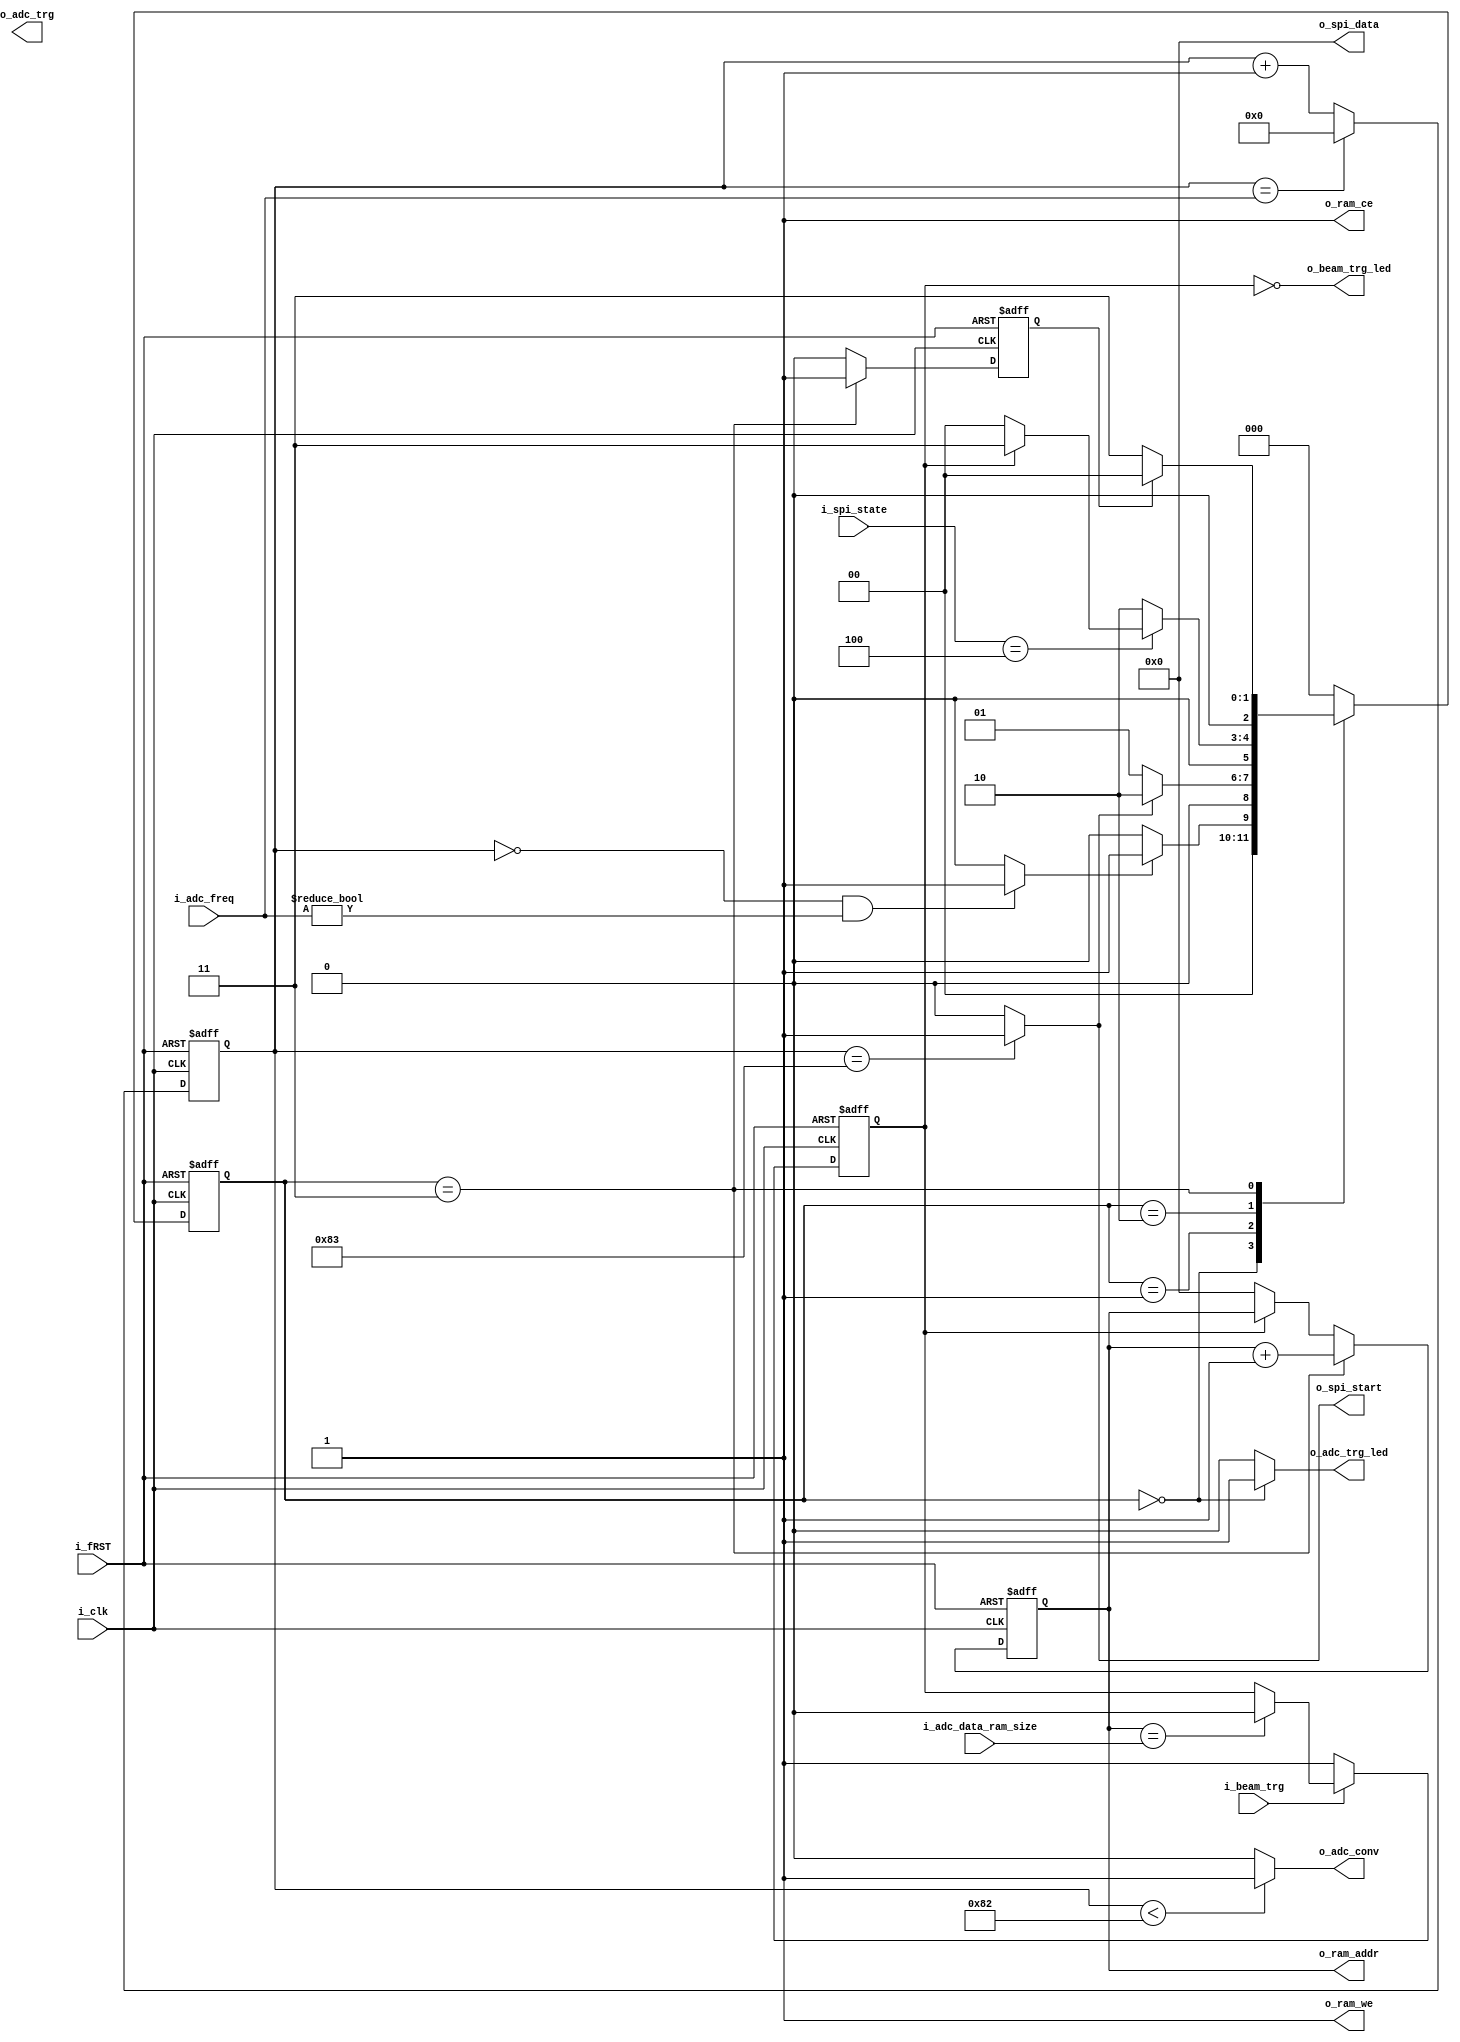
`timescale 1ns / 1ps
/*
Conversion Time  130 * 5ns = 650ns  
SPI   500ns
ADC Freq = Min 1.2us
*/

module ADC_AD7903 #
(
    parameter integer DATA_WIDTH = 16,              // SPI Data 

    parameter integer AWIDTH = 16,
    parameter integer MEM_SIZE = 10000,

    parameter integer ADC_CONV_TIME = 130
)
(
    input i_fRST,
    input i_clk,

    // ZYNQ Ports
    input i_beam_trg,

    output o_adc_conv,
    output o_adc_trg,
    output o_beam_trg_led,
    output o_adc_trg_led,                               //   PS Interlock . ram  .

    // SPI
    input [2:0] i_spi_state,
    
    output o_spi_start,
    output [DATA_WIDTH - 1 : 0] o_spi_data,

    // ADC Setup
    input [9:0] i_adc_freq,                             // 240 (1.2us) ~ 1024 (5.12us)
    input [$clog2(MEM_SIZE) : 0] i_adc_data_ram_size,   // adc data ram 

    // RAM
    output reg [AWIDTH - 1 : 0] o_ram_addr,
    output o_ram_ce,                                    
    output o_ram_we
);

    // state machine
    parameter idle = 0;
    parameter adc_conv = 1;
    parameter adc_acq = 2;
    parameter save = 3;

    reg [2:0] state;
    reg [2:0] n_state;

    // time counter
    reg [9:0] adc_freq_cnt;         // i_adc_freq 

    // flag
    wire adc_conv_flag;
    reg adc_done_flag;
    reg adc_trg_flag;


    always @(posedge i_clk or negedge i_fRST) 
    begin
        if (~i_fRST)
            state <= idle;

        else 
            state <= n_state;
    end

    // state machince
    always @(*)
    begin
        case (state)
            idle :
            begin
                if (adc_conv_flag)
                    n_state <= adc_conv;

                else
                    n_state <= idle;
            end

            adc_conv :
            begin
                if (o_spi_start)
                    n_state <= adc_acq;

                else
                    n_state <= adc_conv;
            end

            adc_acq :
            begin
                if (i_spi_state == 4)               // spi  
                begin
                    if (adc_trg_flag)
                        n_state <= save;

                    else
                        n_state <= idle;
                end

                else
                    n_state <= adc_acq;
            end

            save :
            begin
                if (adc_done_flag)
                    n_state <= idle;

                else
                    n_state <= save;
            end

            default :
                    n_state <= idle;
        endcase
    end

    // adc   
    always @(posedge i_clk or negedge i_fRST) 
    begin
        if (~i_fRST)
            adc_freq_cnt <= 0;

        else if (adc_freq_cnt == i_adc_freq)
            adc_freq_cnt <= 0;

        else
            adc_freq_cnt <= adc_freq_cnt + 1;
    end


    assign adc_conv_flag = ((adc_freq_cnt == 0) && (i_adc_freq != 0)) ? 1 : 0;          // ADC Conversion Start flag
    

    always @(posedge i_clk or negedge i_fRST) 
    begin
        if (~i_fRST)
            adc_done_flag <= 0;

        else if (state == save)
            adc_done_flag <= 1;

        else
            adc_done_flag <= 0;
    end


    always @(posedge i_clk or negedge i_fRST) 
    begin
        if (~i_fRST)
            adc_trg_flag <= 0;

        else if (~i_beam_trg)
            adc_trg_flag <= 1;

        else if (o_ram_addr == i_adc_data_ram_size)
            adc_trg_flag <= 0;

        else
            adc_trg_flag <= adc_trg_flag;
    end


    always @(posedge i_clk or negedge i_fRST) 
    begin
        if (~i_fRST)
            o_ram_addr <= 0;

        else if (state == save)
            o_ram_addr <= o_ram_addr + 1;

        else if (!adc_trg_flag)
            o_ram_addr <= 0;

        else
            o_ram_addr <= o_ram_addr;
    end

    
    assign o_adc_conv = (adc_freq_cnt < ADC_CONV_TIME) ? 1 : 0;            // ADC Conversion Hold Time 700ns (500 ~ 710ns).  
    assign o_spi_start = (adc_freq_cnt == (ADC_CONV_TIME + 1)) ? 1 : 0;                                  // ADC Acquisition Start flag (710ns)
    assign o_ram_we = 1;                                        // write only           
    assign o_ram_ce = 1;       
    assign o_spi_data = 0;                                      // mosi data  
    assign o_adc_trg_led = (state == idle) ? 1 : 0;
    assign o_beam_trg_led = ~adc_trg_flag;
    
endmodule